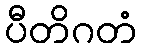
ပီတိဂတံ